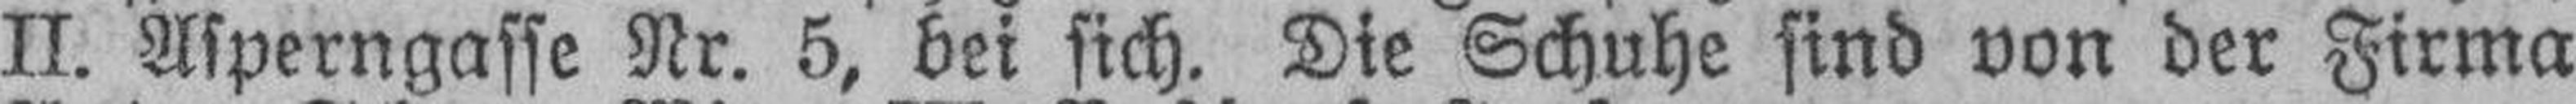
II. Asperngasse Nr. 5, bei sich. Die Schuhe sind von der Firma